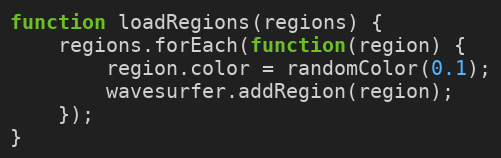
Language: JavaScript
function loadRegions(regions) {
    regions.forEach(function(region) {
        region.color = randomColor(0.1);
        wavesurfer.addRegion(region);
    });
}